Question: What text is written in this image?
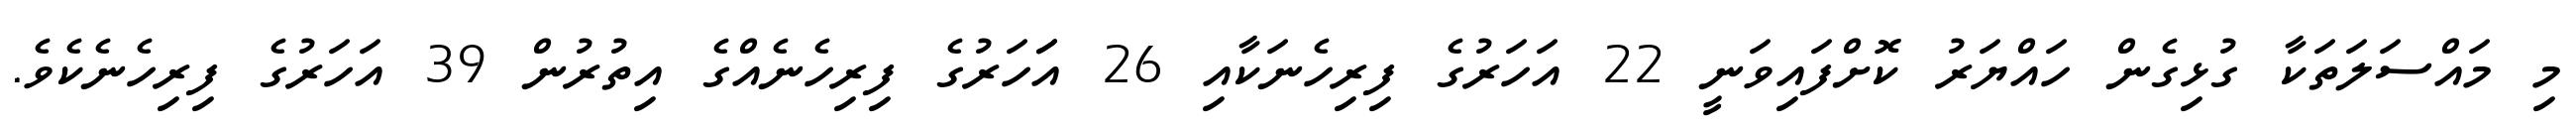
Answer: މި މައްސަލަތަކާ ގުޅިގެން ހައްޔަރު ކޮށްފައިވަނީ 22 އަހަރުގެ ފިރިހެނަކާއި 26 އަަހަރުގެ ފިރިހެނެއްގެ އިތުރުން 39 އަހަރުގެ ފިރިހެނެކެވެ.